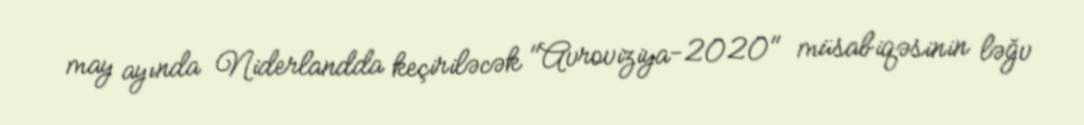
may ayında Niderlandda keçiriləcək "Avroviziya-2020" müsabiqəsinin ləğv